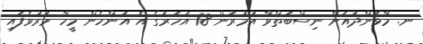
ނ. މާޅެންދުއަށް ނިސްބަތްވާ އުމުރުން 18 އަހަރުގެ އެ އަންހެން މީހާ މަރުވެފައި